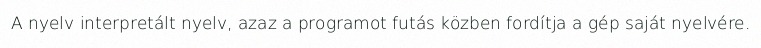
A nyelv interpretált nyelv, azaz a programot futás közben fordítja a gép saját nyelvére.